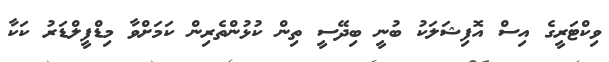
ވިކްޓަރީގެ އިސް އޮފިޝަލަކު ބުނީ ބިދޭސީ ތިން ކުޅުންތެރިން ކަމަށްވާ މިޑްފީލްޑަރު ކަކާ